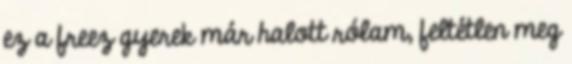
ez a freez gyerek már halott rólam, feltétlen meg